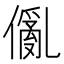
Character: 𠏢